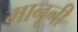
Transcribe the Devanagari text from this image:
मानूनी